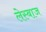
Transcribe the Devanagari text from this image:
लेस्बाज